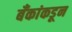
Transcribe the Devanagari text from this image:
बँकांकडून